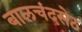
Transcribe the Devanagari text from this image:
बालचंदसेठ